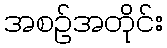
အစဉ်အတိုင်း